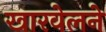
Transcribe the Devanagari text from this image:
खारवेलने